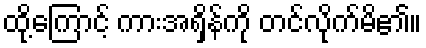
ထို့ကြောင့် ကားအရှိန်ကို တင်လိုက်မိ၏။